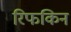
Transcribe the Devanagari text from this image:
रिफकिन